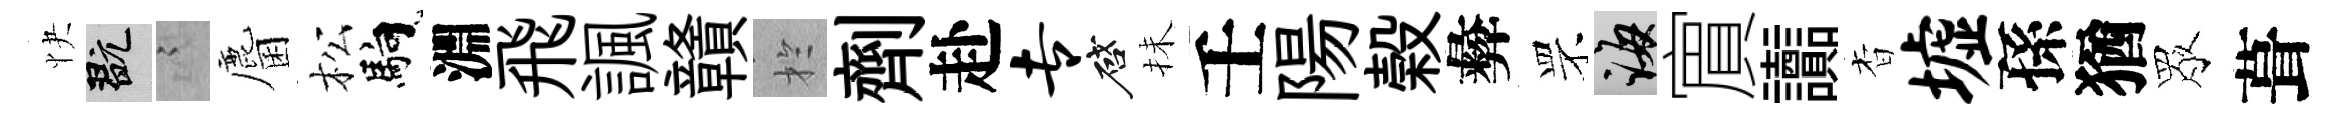
快玩謭麕松馿淵飛諷贛扵劑赴专啓抺壬陽榖彜罘誨賔讟杳墟孫猶眾葺